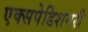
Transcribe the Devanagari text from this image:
एक्सपेडिशनरी